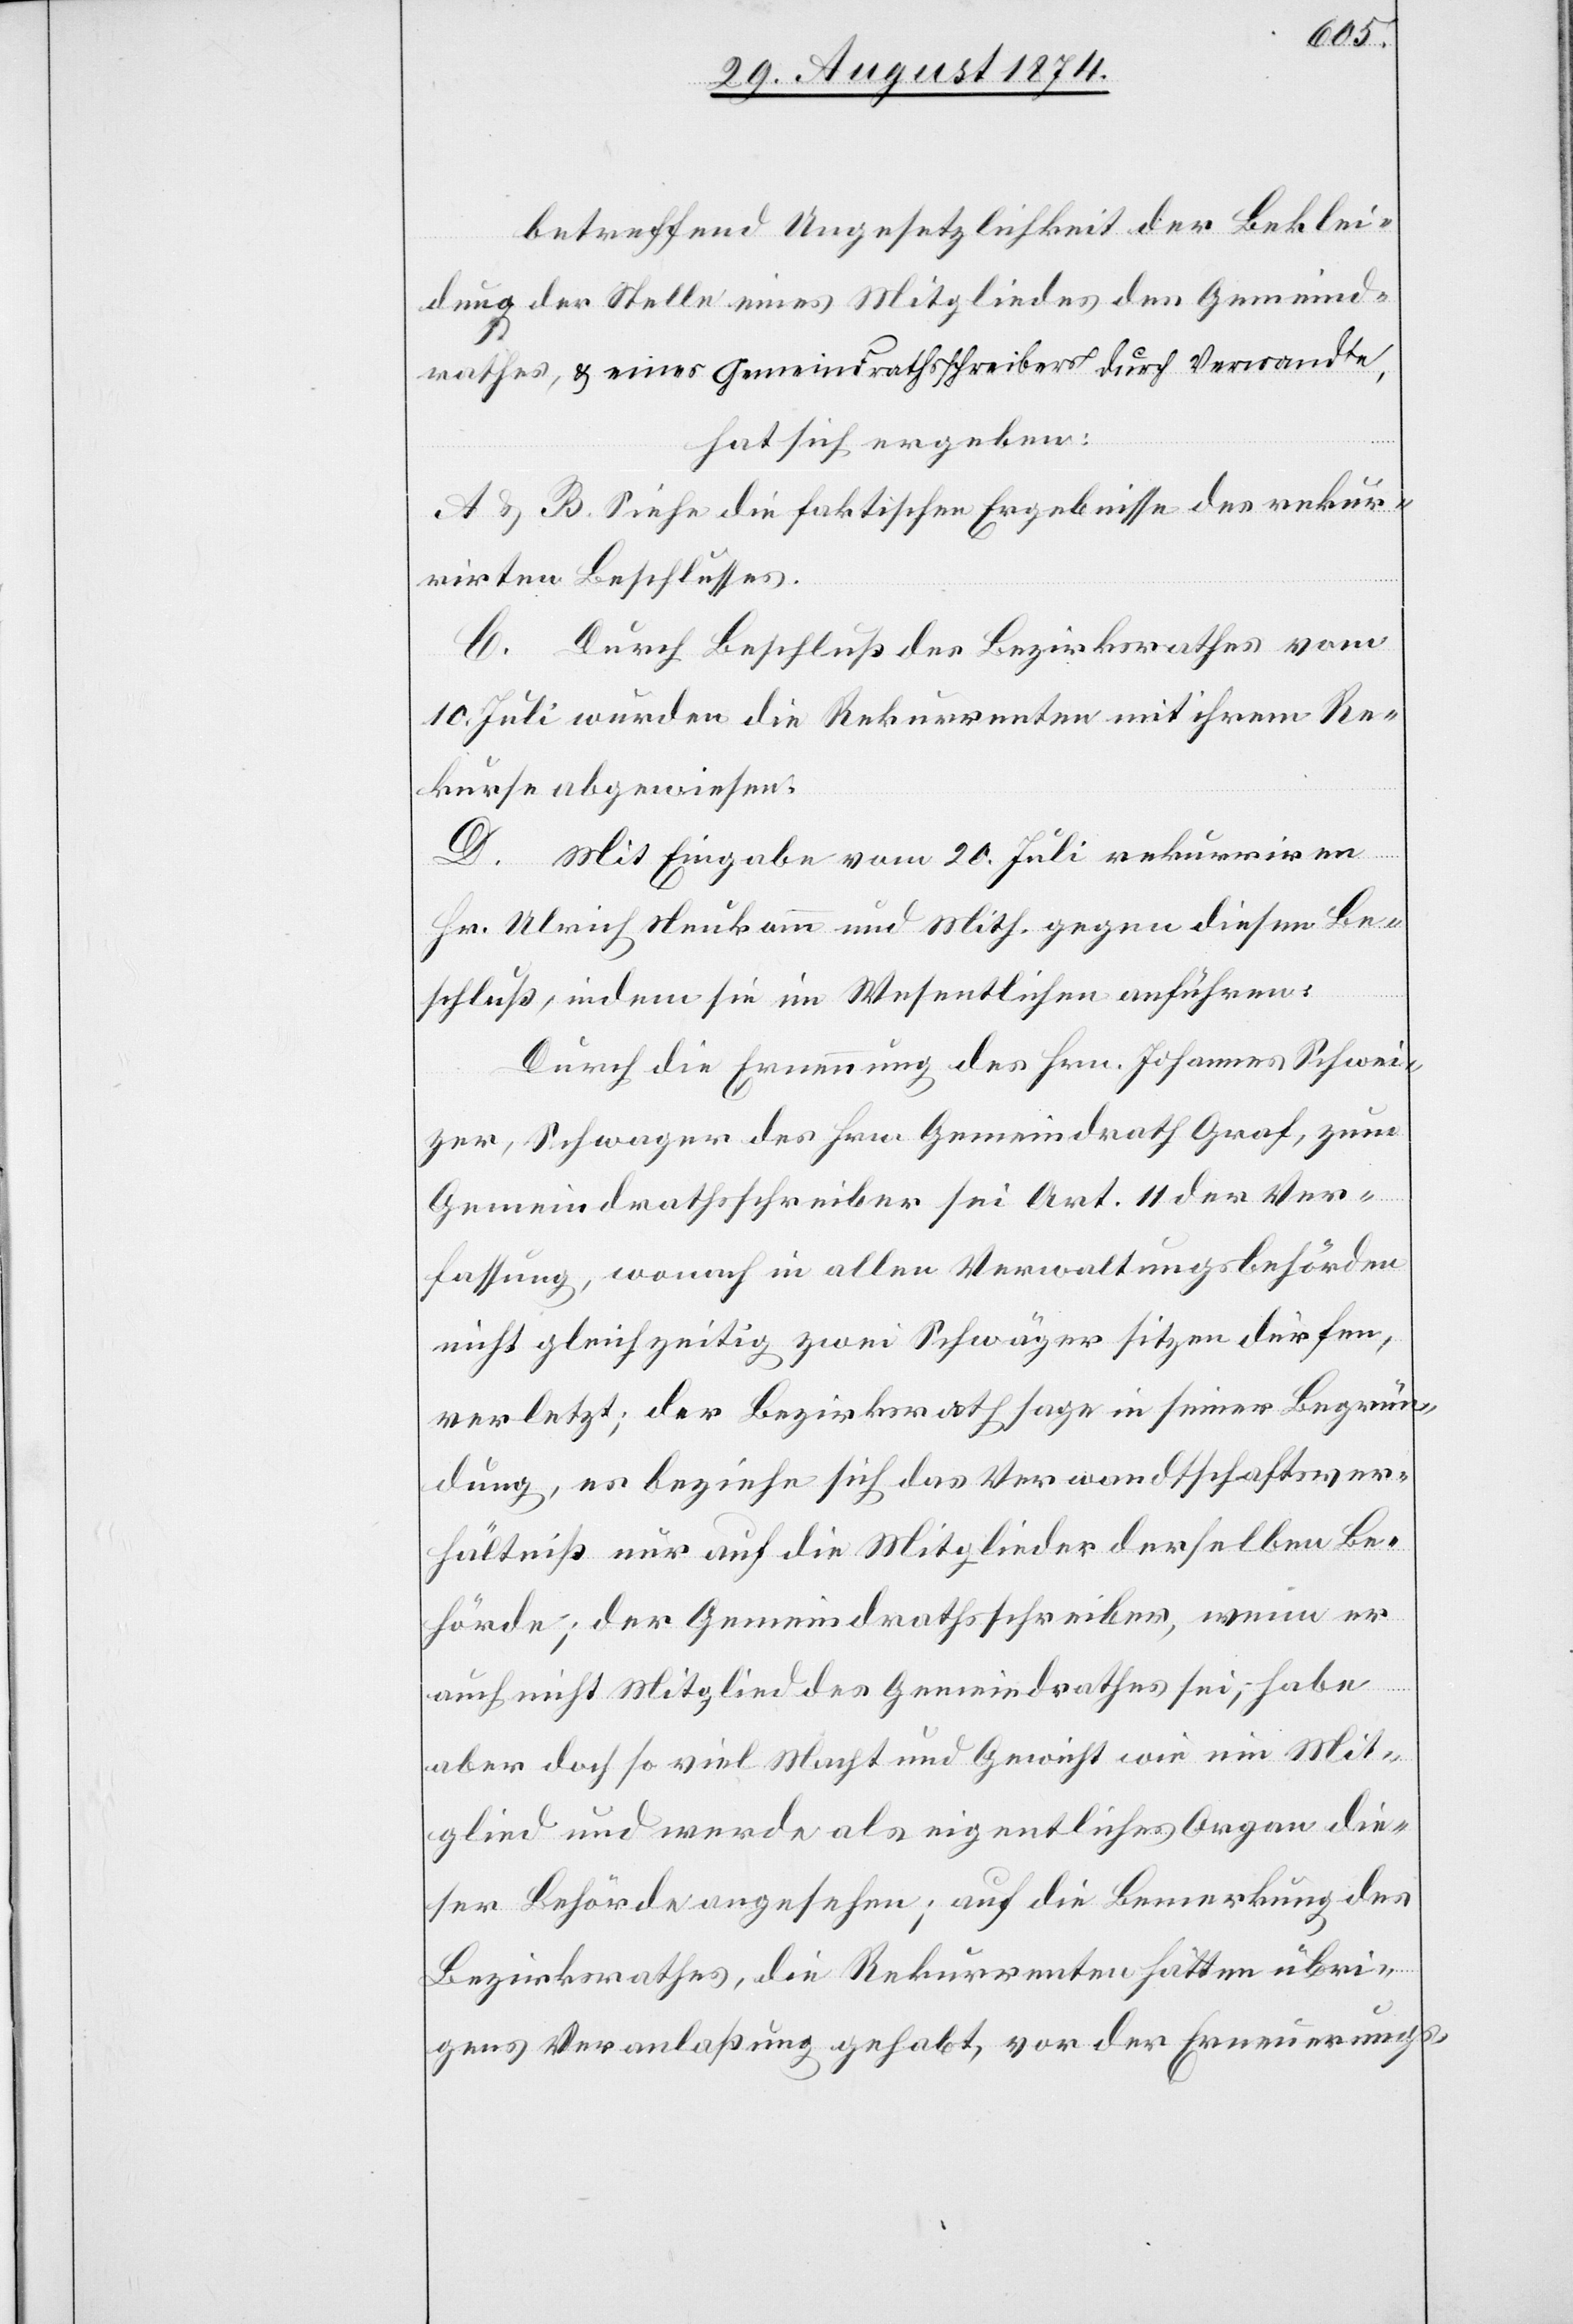
betreffend Ungesetzlichkeit der Beklei¬
dung der Stelle eines Mitgliedes des Gemeind¬
rathes, u. eines Gemeindrathsschreibers durch Verwandte,
hat sich ergeben:
A. u. B. Siehe die faktischen Ergebnisse des rekur¬
rirten Beschlusses.
C. Durch Beschluß des Bezirksrathes vom
10. Juli wurden die Rekurrenten mit ihrem Re¬
kurse abgewiesen.
D. Mit Eingabe vom 20. Juli rekurriren
Hr. Ulrich Neukomm und Mith. gegen diesen Be¬
schluß, indem sie im Wesentlichen anführen:
Durch die Ernennung des Hrn. Johannes Schwei¬
zer, Schwager des Hrn. Gemeindrath Graf, zum
Gemeindrathsschreiber sei Art. 11 der Ver¬
fassung, wonach in allen Verwaltungsbehörden
nicht gleichzeitig zwei Schwäger sitzen dürfen,
verletzt; der Bezirksrath sage in seiner Begrün¬
dung, es beziehe sich das Verwandtschaftsver¬
hältniß nur auf die Mitglieder derselben Be¬
hörde; der Gemeindrathsschreiber, wenn er
auch nicht Mitglied des Gemeindrathes sei, habe
aber doch so viel Macht und Gewicht wie ein Mit¬
glied und werde als eigentliches Organ die¬
ser Behörde angesehen; auf die Bemerkung des
Bezirksrathes, die Rekurrenten hätten übri¬
gens Veranlaßung gehabt, vor der Erneuerungs-